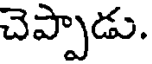
చెప్పాడు.